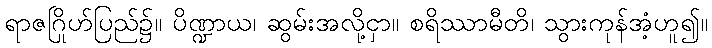
ရာဇဂြိုဟ်ပြည်၌။ ပိဏ္ဍာယ၊ ဆွမ်းအလို့ငှာ။ စရိဿာမီတိ၊ သွားကုန်အံ့ဟူ၍။